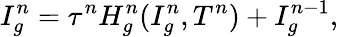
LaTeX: I_{g}^{n}=\tau^{n}H_{g}^{n}(I_{g}^{n},T^{n})+I_{g}^{n-1},